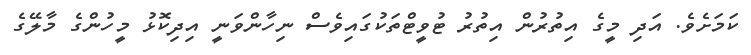
ކަމަށެވެ. އަދި މީގެ އިތުރުން އިތުރު ޓުވީޓްތަކުގައިވެސް ނިހާންވަނީ އިދިކޮޅު މީހުންގެ މާލޭގެ